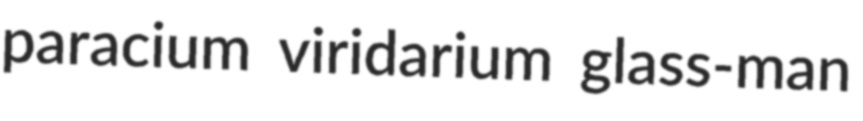
paracium viridarium glass-man